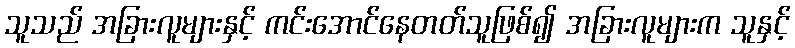
သူသည် အခြားလူများနှင့် ကင်းအောင်နေတတ်သူဖြစ်၍ အခြားလူများက သူနှင့်